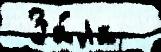
 За́ла